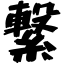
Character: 繋